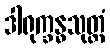
ဒါရုက္ခန္ဓသုတ္တံ